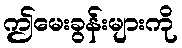
ဤမေးခွန်းများကို